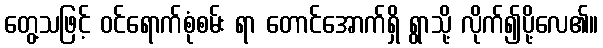
တွေ့သဖြင့် ဝင်ရောက်စုံစမ်း ရာ တောင်အောက်ရှိ ရွာသို့ လိုက်၍ပို့လေ၏။